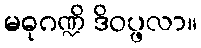
မဓုဂဏ္ဍိ ဒိဝပ္ဖလာ။